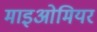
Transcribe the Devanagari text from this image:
माइओमियर